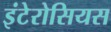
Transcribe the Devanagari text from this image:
इंटेरोसियस